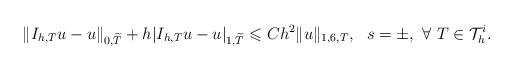
LaTeX: \begin{align*}\| I_{h,T}u-u\|_{0,\widetilde{T}} + h| I_{h,T}u-u |_{1,\widetilde{T}} \leqslant Ch^2\|u\|_{1,6,T}, ~~ s=\pm, ~\forall~T\in\mathcal{T}^i_h.\end{align*}